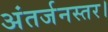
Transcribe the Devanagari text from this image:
अंतर्जनस्तर।